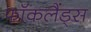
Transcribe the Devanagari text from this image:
फॉकलैंड्स